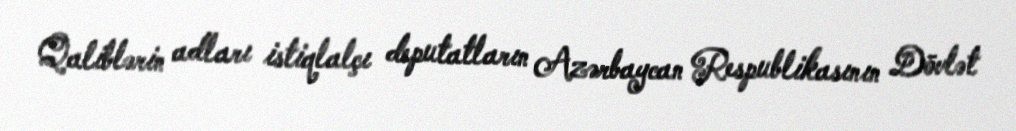
Qaliblərin adları istiqlalçı deputatların Azərbaycan Respublikasının Dövlət